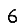
Digit: 6